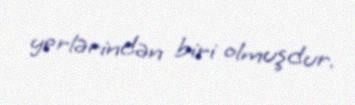
yerlərindən biri olmuşdur.